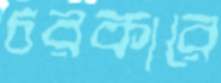
চরকারে